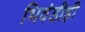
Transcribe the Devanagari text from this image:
भिवंडीही